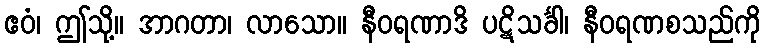
ဧဝံ၊ ဤသို့။ အာဂတာ၊ လာသော။ နီဝရဏာဒိ ပဋိသင်္ခါ၊ နီဝရဏစသည်ကို